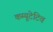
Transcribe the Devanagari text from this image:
कम्यूटेटिव